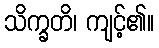
သိက္ခတိ၊ ကျင့်၏။